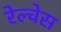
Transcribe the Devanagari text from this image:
रेल्वेस